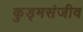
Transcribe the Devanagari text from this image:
कुड्मसंजीव